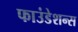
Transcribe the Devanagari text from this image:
फाउंडेशन्स